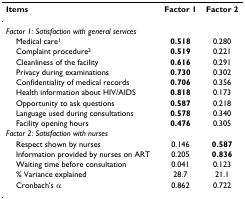
<table><thead><tr><td><b>Items</b></td><td><b>Factor 1</b></td><td><b>Factor 2</b></td></tr></thead><tbody><tr><td><i>Factor 1: Satisfaction with general services</i></td><td></td><td></td></tr><tr><td> Medical care<sup>1</sup></td><td><b>0.518</b></td><td>0.280</td></tr><tr><td> Complaint procedure<sup>2</sup></td><td><b>0.519</b></td><td>0.221</td></tr><tr><td> Cleanliness of the facility</td><td><b>0.616</b></td><td>0.291</td></tr><tr><td> Privacy during examinations</td><td><b>0.730</b></td><td>0.302</td></tr><tr><td> Confidentiality of medical records</td><td><b>0.706</b></td><td>0.356</td></tr><tr><td> Health information about HIV/AIDS</td><td><b>0.818</b></td><td>0.173</td></tr><tr><td> Opportunity to ask questions</td><td><b>0.587</b></td><td>0.218</td></tr><tr><td> Language used during consultations</td><td><b>0.578</b></td><td>0.340</td></tr><tr><td> Facility opening hours</td><td><b>0.476</b></td><td>0.305</td></tr><tr><td><i>Factor 2: Satisfaction with nurses</i></td><td></td><td></td></tr><tr><td> Respect shown by nurses</td><td>0.146</td><td><b>0.587</b></td></tr><tr><td> Information provided by nurses on ART</td><td>0.205</td><td><b>0.836</b></td></tr><tr><td> Waiting time before consultation</td><td>0.041</td><td>0.123</td></tr><tr><td> % Variance explained</td><td>28.7</td><td>21.1</td></tr><tr><td> Cronbach&#x27;s α</td><td>0.862</td><td>0.722</td></tr></tbody></table>